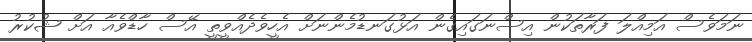
ނަމަވެސް އަމިއްލަ ފަރާތަކުން އިސްނަގައިގެން އަޅުގަނޑުމެންނަށް އެހީވެދެއްވީތީ އޭސް ހާޑްވެއާ އަށް ޝުކުރު